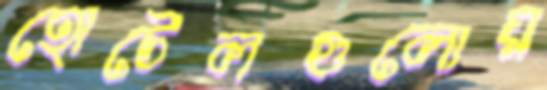
হোটেলগুলোয়